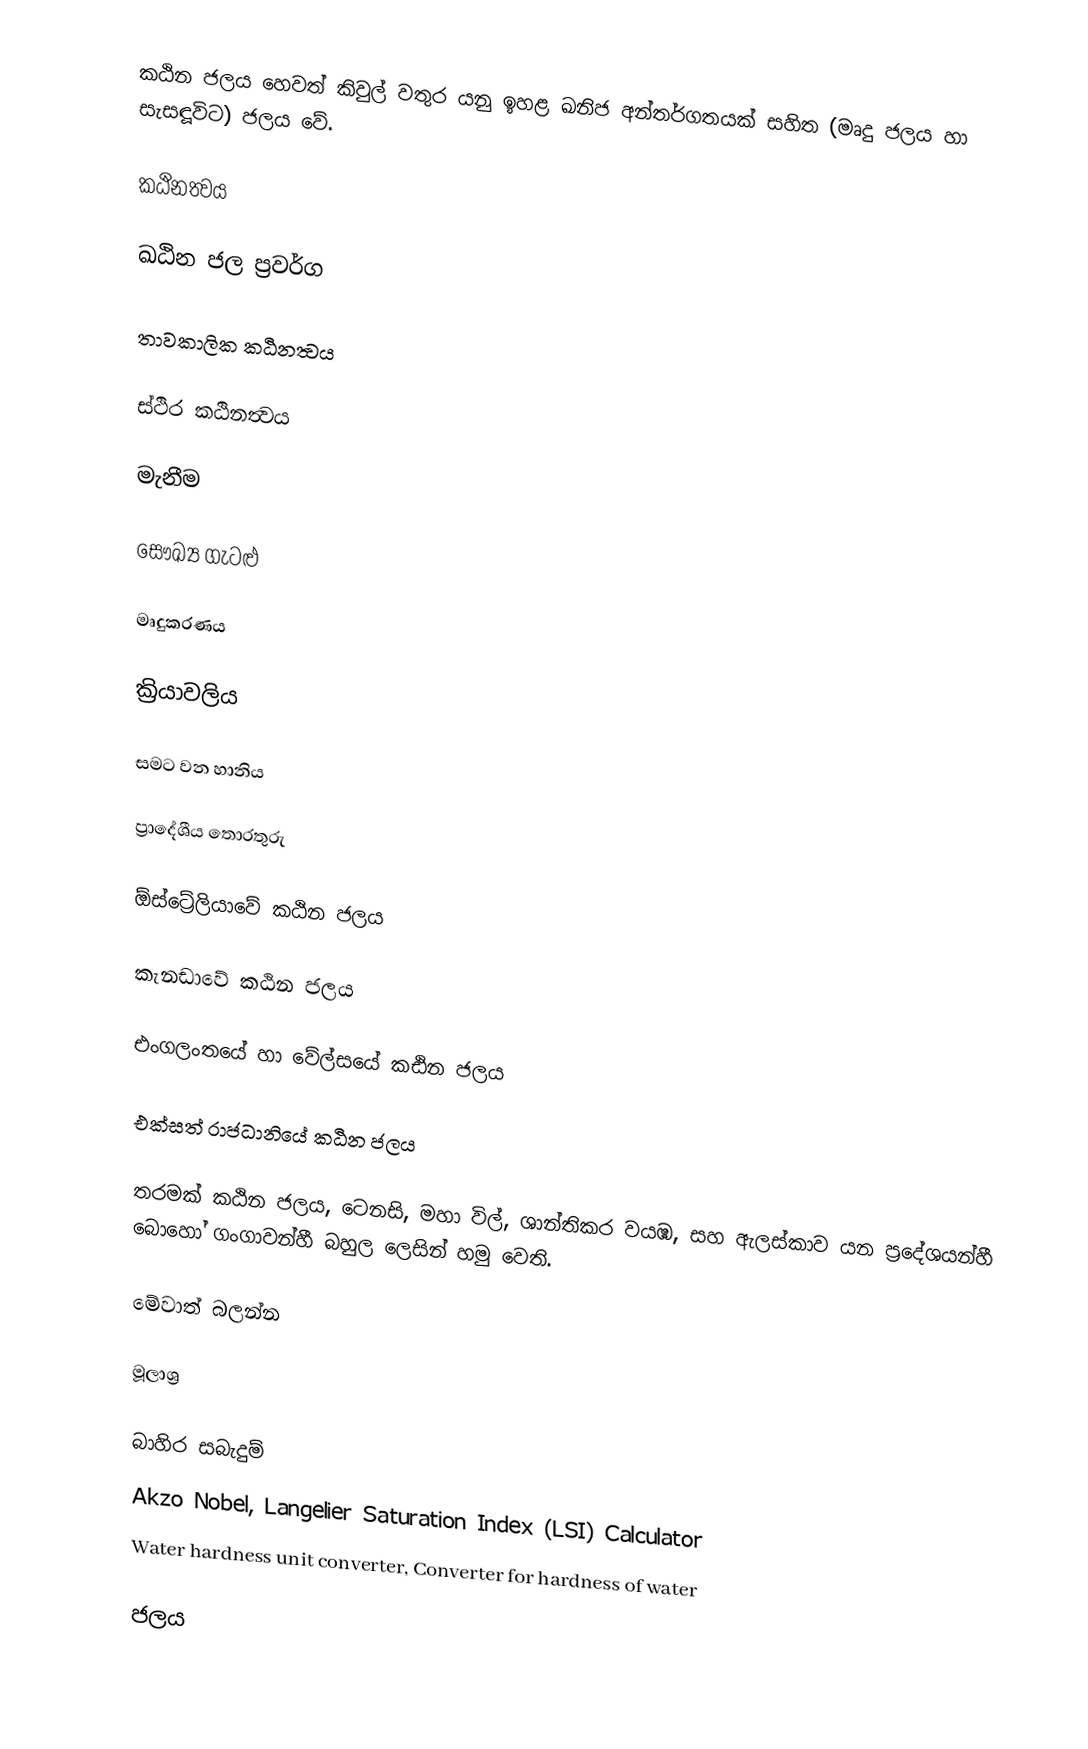
කඨින ජලය හෙවත් කිවුල් වතුර යනු ඉහළ ඛනිජ අන්තර්ගතයක් සහිත (මෘදු ජලය හා සැසඳූවිට) ජලය වේ.

කඨිනත්‍වය

ඛඨින ජල ප්‍රවර්ග

තාවකාලික කඨිනත්‍වය

ස්ථිර කඨිනත්‍වය

මැනීම

සෞඛ්‍ය ගැටළු

මෘදුකරණය

ක්‍රියාවලිය

සමට වන හානිය

ප්‍රාදේශීය තොරතුරු

ඕස්ට්‍රේලියාවේ කඨින ජලය

කැනඩාවේ කඨින ජලය

එංගලංතයේ හා වේල්සයේ කඪින ජලය

එක්සත් රාජධානියේ කඨින ජලය

තරමක් කඨින ජලය, ටෙනසි, මහා විල්, ශාන්තිකර වයඹ, සහ ඇලස්කාව යන ප්‍රදේශයන්හී බොහෝ ගංගාවන්හී බහුල ලෙසින් හමු වෙති.

මේවාත් බලන්න

මූලාශ්‍ර

බාහිර සබැදුම්
Akzo Nobel,  Langelier Saturation Index (LSI) Calculator
Water hardness unit converter, Converter for hardness of water

ජලය